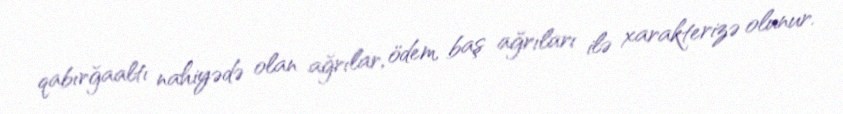
qabırğaaltı nahiyədə olan ağrılar, ödem, baş ağrıları ilə xarakterizə olunur.